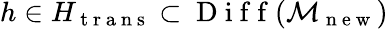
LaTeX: h\in H_{\mathrm{~t~r~a~n~s~}}\subset\mathrm{~D~i~f~f~}(\mathcal{M}_{\mathrm{~n~e~w~}})